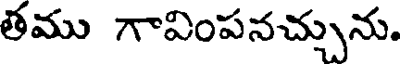
తము గావింపనచ్చును.